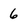
Character: 6